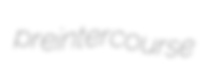
preintercourse